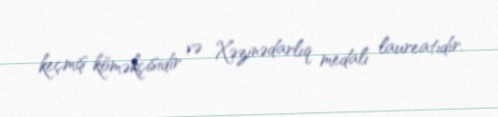
keçmiş köməkçisidir və Xəzinədarlıq medalı laureatıdır.